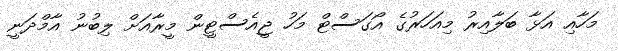
މަހާއި އަޅާ ބަލާއިރު މިއަހަރުގެ އޯގަސްޓް މަހު ޖީއެސްޓީން މީރާއަށް ލިބުނު އާމްދަނީ